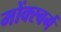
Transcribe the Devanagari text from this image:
मोंक्स्बर्ग